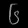
Digit: ၆